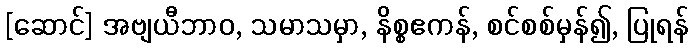
[ဆောင်] အဗျယီဘာဝ, သမာသမှာ, နိစ္စဧကန်, စင်စစ်မှန်၍, ပြုရန်